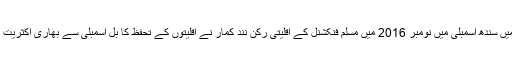
سابق دورِ حکومت میں سندھ اسمبلی میں نومبر 2016 میں مسلم فنکشنل کے اقلیتی رکن نند کمار نے اقلیتوں کے تحفظ کا بل اسمبلی سے بھاری اکثریت میں منظور کر والیا۔